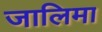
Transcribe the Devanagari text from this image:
जालिमा